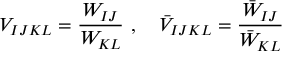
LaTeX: V _ { I J K L } = \frac { W _ { I J } } { W _ { K L } } ~ , \quad \bar { V } _ { I J K L } = \frac { \bar { W } _ { I J } } { \bar { W } _ { K L } }